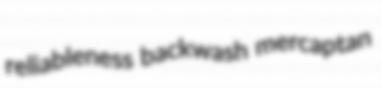
reliableness backwash mercaptan